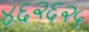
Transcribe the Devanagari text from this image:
४६२६२५